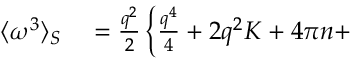
\begin{array} { r l } { \langle \omega ^ { 3 } \rangle _ { S } } & { { } = \frac { { q } ^ { 2 } } { 2 } \left\{ \frac { q ^ { 4 } } { 4 } + 2 q ^ { 2 } { K } + 4 \pi { n } + \right. } \end{array}